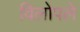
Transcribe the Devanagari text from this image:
विलोपले